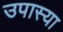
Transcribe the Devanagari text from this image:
उपास्या